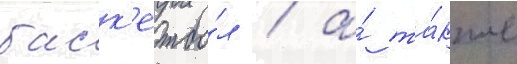
баск'етбо́л / а́ та́кже